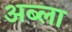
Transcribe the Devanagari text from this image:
अब्ला